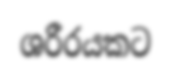
ශරීරයකට